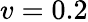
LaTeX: v=0.2